Lunatic asylums Bombay report 1891-1903 - 1891-1903
Year: 1891
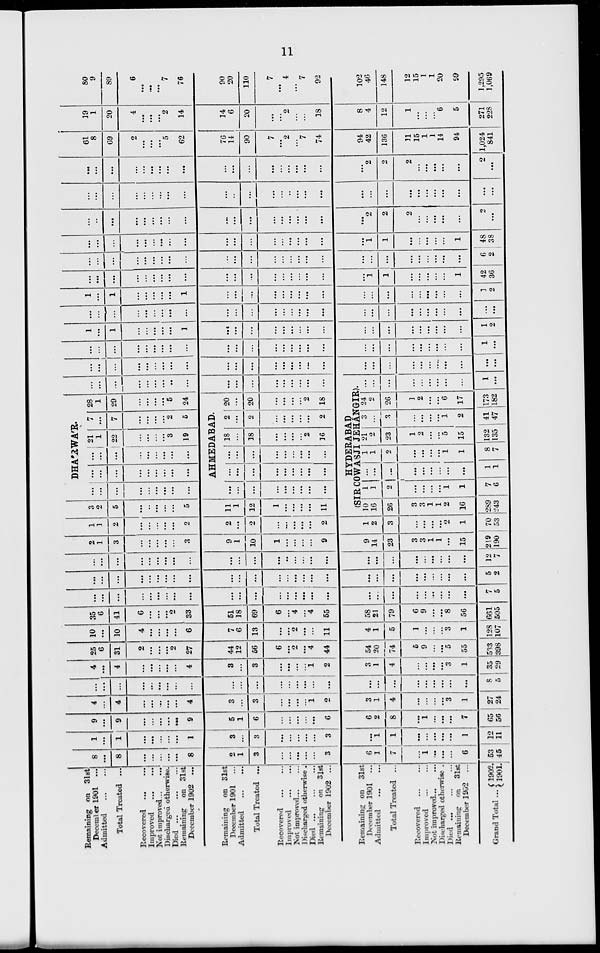
11
Remaining on 31st
December 1901
...
Admitted
...
...
Total Treated ...
Recovered ... ...
Improved
...
...
Not improved ... ...
Discharged otherwise.
Died
...
...
...
Remaining
on 31st
December 1902 ...
Remaining on 31st
December 1901 ...
Admitted
...
...
Total Treated ...
Recovered
...
...
Improved
...
...
Not improved ... ...
Discharged otherwise.
Died
...
...
...
Remaining on
31st
December 1902 ...
Remaining on
31st
December 1901 ...
Admitted ... ...
Total Treated ...
Recovered
...
...
Improved ... ...
Not improved ... ...
Discharged otherwise .
Died ... ... ...
Remaining on
31st
December 1902 ...
Grand Total ...
1902.
1901.
8
...
8
...
...
...
...
8
2
1
3
...
...
...
...
...
3
6
1
7
...
1
...
...
...
6
53
45
1
...
1
...
...
...
...
...
1
3
...
3
...
...
...
...
...
3
...
1
1
...
...
...
...
...
1
12
11
9
...
9
...
...
...
...
...
9
5
1
6
...
...
...
...
...
6
6
2
8
...
1
...
...
...
7
65
56
4
...
4
...
...
...
...
...
4
3
...
3
...
...
...
...
1
2
3
1
4
...
...
...
...
3
1
27
24
...
...
...
...
...
...
...
...
...
...
...
...
...
...
...
...
...
...
...
...
...
...
...
...
...
...
...
8
5
4
...
4
...
...
...
...
...
4
3
...
3
...
...
...
...
1
2
3
1
4
...
...
...
...
3
1
35
29
25
6
31
2
...
...
...
2
27
44
12
56
6
...
2
...
4
44
54
20
74
5
9
...
...
5
55
533
398
10
...
10
4
...
...
...
...
6
7
6
13
...
...
2
...
...
11
4
1
5
1
...
...
...
3
1
128
107
35
6
41
6
...
...
...
2
33
51
18
69
6
...
4
...
4
55
58
21
79
6
9
...
...
8
56
661
505
...
...
...
...
...
...
...
...
...
...
...
...
...
...
...
...
...
...
...
...
...
...
...
...
...
...
...
7
5
...
...
...
...
...
...
...
...
...
...
...
...
...
...
...
...
...
...
...
...
...
...
...
...
...
...
...
5
2
...
...
...
...
...
...
...
...
...
...
...
...
...
..
...
...
...
...
...
...
...
...
...
...
...
...
...
12
7
2
1
3
...
...
...
...
...
3
9
1
10
1
...
...
...
...
9
9
14
23
3
3
1
1
...
15
219
190
1
1
2
...
...
...
...
...
2
2
...
2
...
...
...
...
...
2
1
2
3
...
...
...
...
2
1
70
53
3
2
5
...
...
...
...
...
5
11
1
12
1
...
...
...
...
11
DHA'RWA'R.
...
...
...
...
...
...
...
...
...
...
...
...
...
...
...
...
...
...
...
...
...
...
...
...
...
...
...
21
1
22
...
...
...
...
3
19
7
...
7
...
...
...
...
2
5
28
1
29
...
...
...
...
5
24
AHMEDABAD.
...
...
...
...
...
...
...
...
...
...
...
...
...
...
...
...
...
...
...
...
...
...
...
...
...
...
...
18
...
18
...
...
...
...
2
16
2
...
2
...
...
...
...
...
2
20
...
20
...
...
...
...
2
18
...
...
...
...
...
...
...
..
...
...
...
...
...
...
...
...
...
...
HYDERABAD
(SIR COWASJI JEHÁNGIR).
10
16
26
3
3
1
1
2
16
289
243
1
1
2
...
...
...
...
1
1
7
6
...
...
...
...
...
...
...
...
...
1
1
1
1
2
...
...
...
...
1
1
8
7
21
2
23
1
2
...
...
5
15
132
135
3
...
3
...
...
...
...
1
2
41
47
24
2
26
1
2
...
...
6
17
173
182
...
...
...
...
...
...
...
...
...
1
...
...
...
...
...
...
...
...
...
...
...
...
...
...
...
...
...
...
...
...
...
...
...
...
...
...
...
...
...
...
...
...
...
...
...
...
...
...
...
...
...
...
...
...
...
...
...
...
...
...
...
...
...
...
...
...
...
1
...
1
...
1
...
...
...
...
...
1
...
...
...
...
...
...
...
...
...
...
...
...
...
...
...
...
...
1
2
...
...
...
...
...
...
...
...
...
...
...
...
...
...
...
...
...
...
...
...
...
...
...
...
...
...
...
...
...
1
...
1
...
...
...
...
...
1
...
...
...
...
...
...
...
...
...
...
...
...
...
...
...
...
...
...
1
2
...
...
...
...
...
...
...
...
...
...
...
...
...
...
...
...
...
...
...
l
1
...
...
...
...
...
1
42
36
...
...
...
...
...
...
...
...
...
...
...
...
...
...
...
...
...
...
...
...
...
...
...
...
...
...
...
6
2
...
...
...
...
...
...
...
...
...
...
...
...
...
...
...
...
...
...
...
1
1
...
...
...
...
...
1
48
38
...
...
...
...
...
...
...
...
...
...
...
...
...
...
...
...
...
...
...
2
2
2
...
...
...
...
...
2
...
...
...
...
...
...
...
...
...
...
...
...
...
...
...
..
...
...
...
...
...
...
...
...
...
...
...
...
...
...
...
...
...
...
...
...
...
...
...
...
...
...
...
...
...
...
...
...
...
2
2
2
...
...
...
...
...
2
...
61
8
69
2
...
...
...
5
62
76
14
90
7
...
2
...
7
74
94
42
136
11
15
1
1
14
94
1,024
841
19
1
20
4
...
...
...
2
14
14
6
20
...
...
2
...
...
18
8
4
12
1
...
...
...
6
5
271
228
80
9
89
6
...
...
...
7
76
90
20
110
7
...
4
...
7
92
102
46
148
12
15
1
1
20
99
1,295
1,069